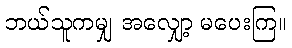
ဘယ်သူကမျှ အလျှော့ မပေးကြ။